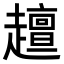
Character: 𧾍